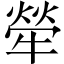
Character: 犖